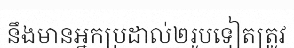
នឹងមានអ្នកប្រដាល់២រូបទៀតត្រូវ